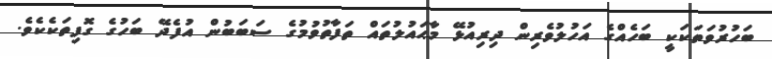
ބަހުރުވަތަކަކީ ބަހެއްގެ އަހުލުވެރިން ދިރިއުޅޭ މާޙައުލުތައް ތަފާތުވުމުގެ ސަބަބުން އުފެދޭ ބަހުގެ ގޮފިތަކެކެވެ.